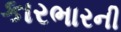
કારભારની